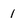
Character: 1